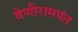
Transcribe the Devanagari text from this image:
वेणीरामपंत